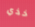
خذي